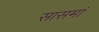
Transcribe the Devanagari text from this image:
सासमां